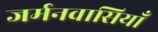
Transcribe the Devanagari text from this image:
जर्मनवासियाँ